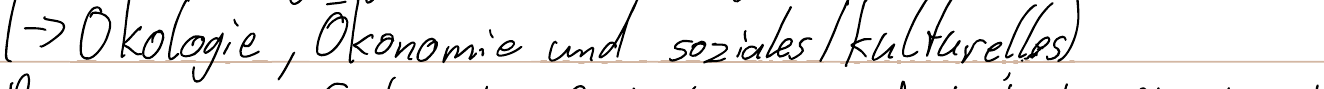
(-> Ökologie, Ökonomie und soziales / kulturelles)